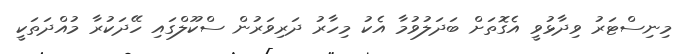
މިނިސްޓަރު ވިދާޅުވީ އެގޮތަށް ބަދަލުވުމާ އެކު މިހާރު ދަރިވަރުން ސްކޫލްގައި ހޭދަކުރާ މުއްދަތަކީ